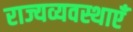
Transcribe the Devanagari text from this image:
राज्यव्यवस्थाएँ